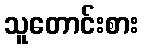
သူတောင်းစား